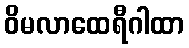
ဝိမလာထေရီဂါထာ